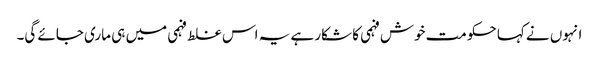
انہوں نے کہا حکومت خوش فہمی کا شکار ہے یہ اس غلط فہمی میں ہی ماری جائے گی۔